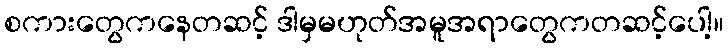
စကားတွေကနေတဆင့် ဒါမှမဟုတ်အမူအရာတွေကတဆင့်ပေါ့။